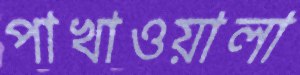
পাখাওয়ালা